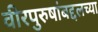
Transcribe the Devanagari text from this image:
वीरपुरुषांबद्दलच्या